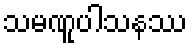
သမဏူပါသနဿ